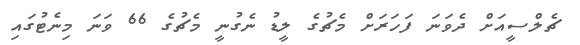
ޗެލްސީއަށް ދެވަނަ ފަހަރަށް މެޗުގެ ލީޑު ނެގުނީ މެޗުގެ 66 ވަނަ މިނެޓުގައި